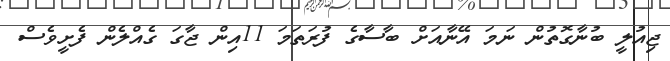
ޖިއުލީ ބުނާގޮތުން ނަމަ އޭނާއަށް ބާސާގެ ފުރަތަމަ 11އިން ޖާގަ ގެއްލެން ފެށީވެސް